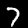
Digit: 7